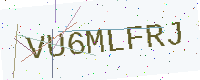
Text: VU6MLFRJ